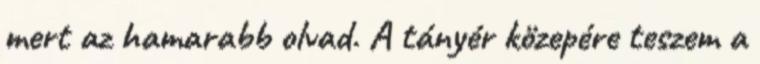
mert az hamarabb olvad. A tányér közepére teszem a